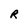
Character: R